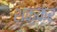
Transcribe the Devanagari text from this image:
शक़्क़र